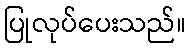
ပြုလုပ်ပေးသည်။